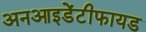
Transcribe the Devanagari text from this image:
अनआइडेंटीफायड